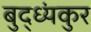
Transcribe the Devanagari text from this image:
बुद्ध्यंकुर